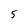
Character: 5